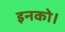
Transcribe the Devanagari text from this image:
इनको।